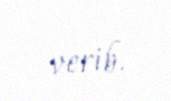
verib.